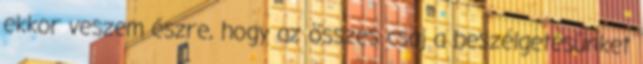
ekkor veszem észre, hogy az összes csaj a beszélgetésünket